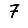
Digit: 7